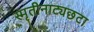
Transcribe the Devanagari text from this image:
स्मृतीनाट्यछटा